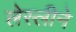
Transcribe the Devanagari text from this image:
लेस्‍लीने